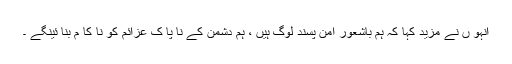
انہو ں نے مزید کہا کہ ہم باشعور امن پسند لوگ ہیں ، ہم دشمن کے نا پا ک عزائم کو نا کا م بنا ئینگے ۔